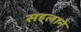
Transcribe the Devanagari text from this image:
सहलाने